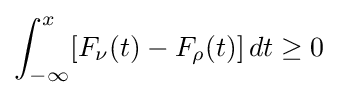
\int _{-\infty }^{x}[F_{\nu }(t)-F_{\rho }(t)]\,dt\geq 0